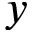
y